Indian journal of veterinary science and animal husbandry - Volume 5,
Year: 1935
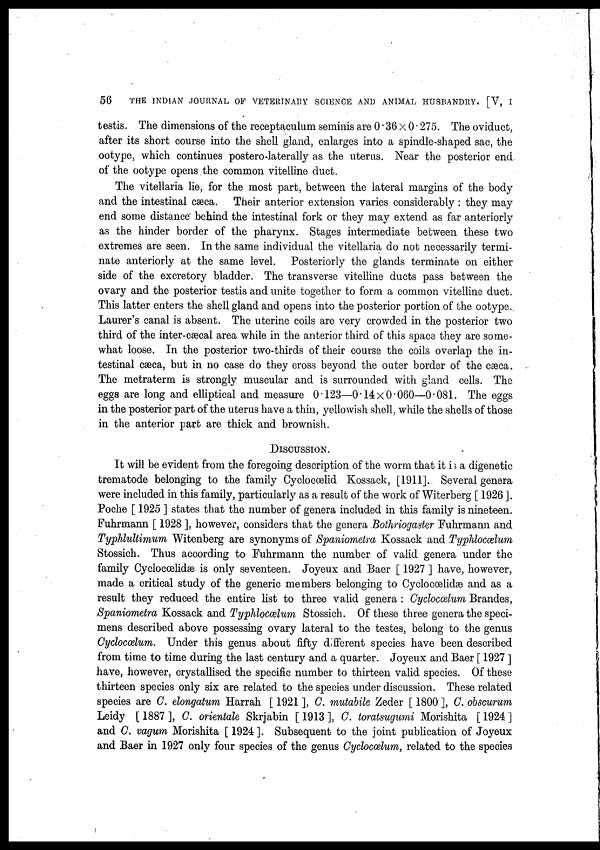
56
THE INDIAN JOURNAL OF VETERINARY SCIENCE AND ANIMAL HUSBANDRY. [V, I
testis. The dimensions of the receptaculum seminis are 0.36 × 0.275. The oviduct,
after its short course into the shell gland, enlarges into a spindle-shaped sac, the
ootype, which continues postero-laterally as the uterus. Near the posterior end.
of the ootype opens the common vitelline duct.
The vitellaria lie, for the most part, between the lateral margins of the body
and the intestinal cæca. Their anterior extension varies considerably : they may
end some distance behind the intestinal fork or they may extend as far anteriorly
as the hinder border of the pharynx. Stages intermediate between these two
extremes are seen. In the same individual the vitellaria do not necessarily termi-
nate anteriorly at the same level. Posteriorly the glands terminate on either
side of the excretory bladder. The transverse vitelline ducts pass between the
ovary and the posterior testis and unite together to form a common vitelline duct.
This latter enters the shell gland and opens into the posterior portion of the ootype.
Laurer's canal is absent. The uterine coils are very crowded in the posterior two
third of the inter-cæcal area while in the anterior third of this space they are some-
what loose. In the posterior two-thirds of their course the coils overlap the in-
testinal cæca, but in no case do they cross beyond the outer border of the cæca.
The metraterm is strongly muscular and is surrounded with gland cells. The
eggs are long and elliptical and measure 0.123—0.14 × 0.060—0.081. The eggs
in the posterior part of the uterus have a thin, yellowish shell, while the shells of those
in the anterior part are thick and brownish.
DISCUSSION.
It will be evident from the foregoing description of the worm that it is a digenetic
trematode belonging to the family Cyclocœlid Kossack, [1911]. Several genera
were included in this family, particularly as a result of the work of Witerberg [ 1926 ].
Poche [ 1925 ] states that the number of genera included in this family is nineteen.
Fuhrmann [ 1928 ], however, considers that the genera Bothriogaster Fuhrmann and
Typhlultimum Witenberg are synonyms of Spaniometra Kossack and Typhlocœlum
Stossich. Thus according to Fuhrmann the number of valid genera under the
family Cyclocœlidæ is only seventeen. Joyeux and Baer [ 1927 ] have, however,
made a critical study of the generic members belonging to Cyclocœlidæ and as a
result they reduced the entire list to three valid genera : Cyclocælum Brandes,
Spaniometra Kossack and Typhlocælum Stossich. Of these three genera the speci-
mens described above possessing ovary lateral to the testes, belong to the genus
Cyclocælum. Under this genus about fifty different species have been described
from time to time during the last century and a quarter. Joyeux and Baer [ 1927 ]
have, however, crystallised the specific number to thirteen valid species. Of these
thirteen species only six are related to the species under discussion. These related
species are C. elongatum Harrah [ 1921 ], C. mutabile Zeder [ 1800 ], C. obscurum
Leidy [ 1887 ], C. orientale Skrjabin [ 1913 ], C. toratsugumi Morishita [ 1924 ]
and C. vagum Morishita [ 1924 ]. Subsequent to the joint publication of Joyeux
and Baer in 1927 only four species of the genus Cyclocælum, related to the species